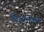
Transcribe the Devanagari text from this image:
मियामोतो